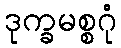
ဒုက္ခမစ္စဂုံ